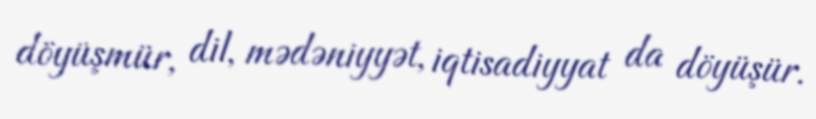
döyüşmür, dil, mədəniyyət, iqtisadiyyat da döyüşür.